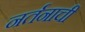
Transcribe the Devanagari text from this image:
नर्तनाची